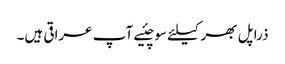
ذرا پل بھر کیلئے سوچئیے آپ عراقی ہیں۔